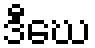
ဒီဃေ